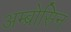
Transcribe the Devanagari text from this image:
अम्ब्रोसिन